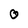
Character: O